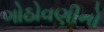
ગોઠોવણીનો